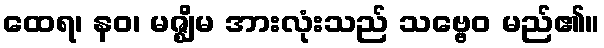
ထေရ၊ နဝ၊ မဇ္ဈိမ အားလုံးသည် သဗ္ဗေဝ မည်၏။